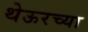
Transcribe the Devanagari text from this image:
थेऊरच्या